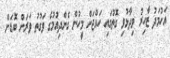
އަހުމަދު ޒާހިރު ވިދާޅުވި ގޮތުގައި ހައްޖަށް މީހުން ގެންދިއުމުގެ ވަގުތު ވަރަށް ބޮޑަށް